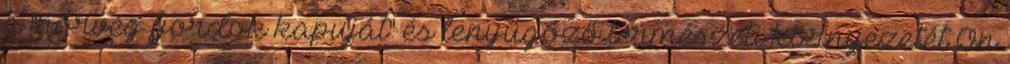
a "norvég fjordok kapuját" és lenyűgöző természeti környezetét Ön